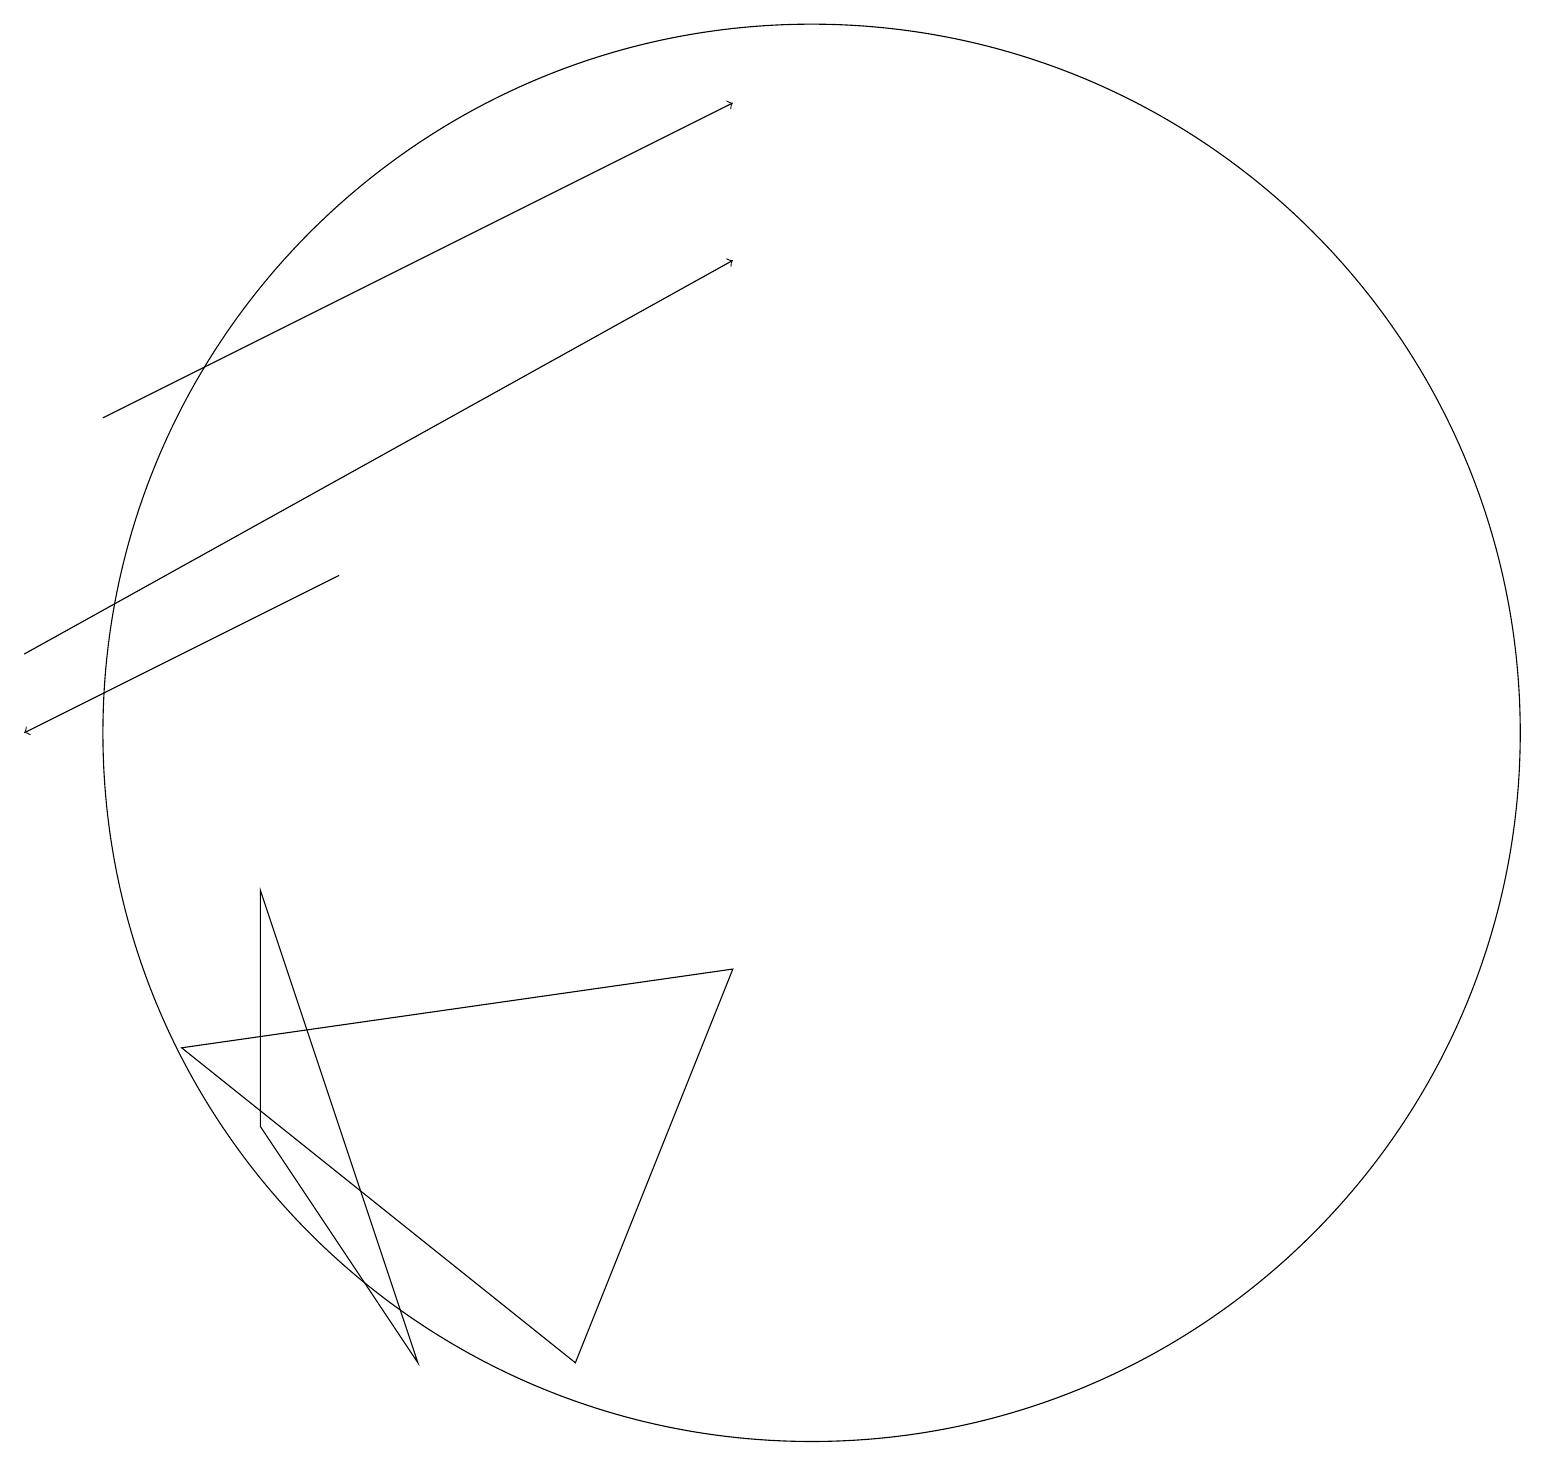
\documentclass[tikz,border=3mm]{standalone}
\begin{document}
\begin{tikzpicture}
\draw (5,2) -- (3,5) -- (3,8) -- cycle;
\draw[->] (0,11) -- (9,16);
\draw (9,7) -- (7,2) -- (2,6) -- cycle;
\draw[->] (4,12) -- (0,10);
\draw (10,10) circle (9);
\draw[->] (1,14) -- (9,18);
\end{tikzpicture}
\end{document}